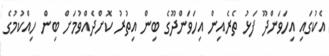
އެކުގައި އިހަވަންދޫ ފަޅު ތެރެއިން އިހަވަންދޫގެ ބިން އިތުރު ކޮށްދެއްވުމަށް ބިން ހިއްކުމުގެ